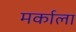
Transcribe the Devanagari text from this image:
मर्काला